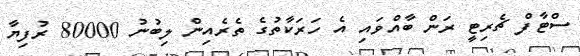
ސްޓާފް ޗެރިޓީ ރަން ބާއްވައި އެ ހަރަކާތުގެ ތެރެއިން ލިބުނު 80000 ރުފިޔާ